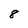
Character: 8